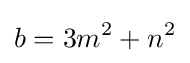
b=3m^{2}+n^{2}